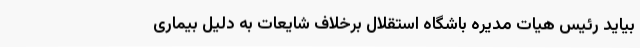
بیاید رئیس هیات مدیره باشگاه استقلال برخلاف شایعات به دلیل بیماری